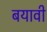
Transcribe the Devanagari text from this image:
बयावी